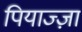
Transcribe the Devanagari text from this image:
पियाज्ज़ा